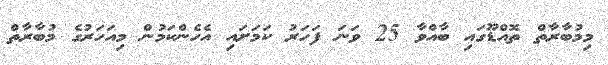
މިމުބާރާތް ތޮއްޑޫގައި ބާއްވާ 25 ވަނަ ފަހަރު ކަމަށައި އެހެންކަމުން މިއަހަރުގެ މުބާރާތް